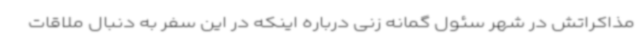
مذاکراتش در شهر سئول گمانه زنی درباره اینکه در این سفر به دنبال ملاقات